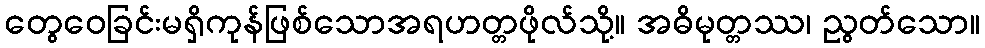
တွေဝေခြင်းမရှိကုန်ဖြစ်သောအရဟတ္တဖိုလ်သို့။ အဓိမုတ္တဿ၊ ညွတ်သော။